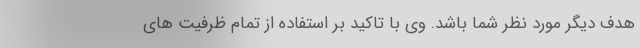
هدف دیگر مورد نظر شما باشد. وی با تاکید بر استفاده از تمام ظرفیت های